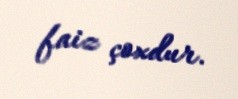
faiz çoxdur.